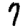
Digit: 7